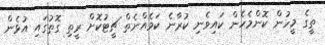
ތީގެ މީހުން ކޮންމެހެން ކައިވެނި ކުރާނެ ކަމެއްނެތް ޗީޓުކޮށް ރީތި ގޮތުގައި އުޅެން